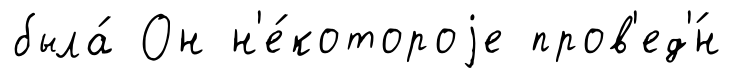
была́ Он н'е́котороjе пров'ед'́н